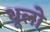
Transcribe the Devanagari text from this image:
धूलो